Document type: Sale
Year: 1423
Scribe: Joan Franc
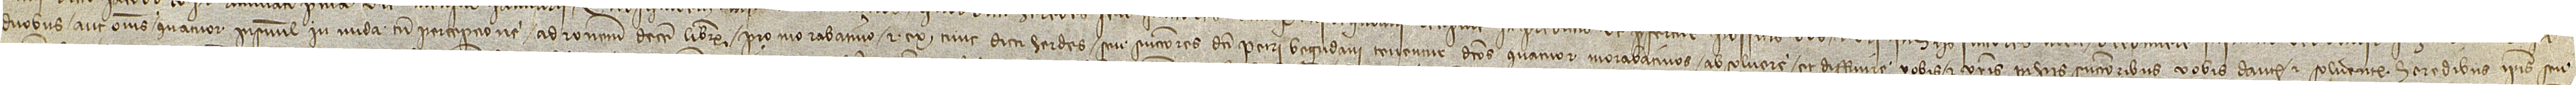
duobus aut omnes quatuor insimul in nuda tamen percepcione, ad rationem decem librarum pro morabatino; et ex tunc dicti her(e)des seu successores dicti Petri Begudani tenentur dictos quatuor morabatinos absolvere et diffinire vobis et vestris in hiis successoribus, vobis dantes et solventes heredibus ipsis seu